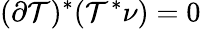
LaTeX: (\partial\mathcal{T})^{*}(\mathcal{T}^{*}\nu)=0